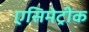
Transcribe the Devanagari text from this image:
एसिमेट्रीक